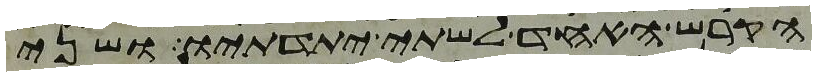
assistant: הקרש האחד לשתי יתדתיו ושני